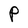
Character: P